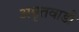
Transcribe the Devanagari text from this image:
अमृतवाडी